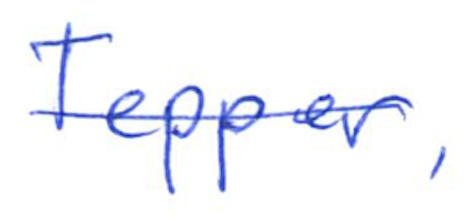
Text: Tepper,
Cross-out: single-line
Writing tool: ballpoint